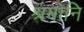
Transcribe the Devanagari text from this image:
श्रमोनि